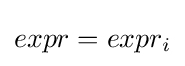
expr=expr_{i}